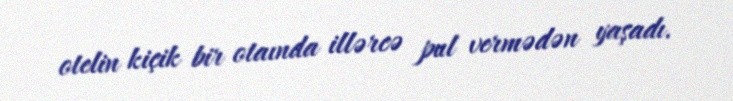
otelin kiçik bir otaında illərcə pul vermədən yaşadı.